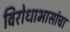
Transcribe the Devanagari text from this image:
विरोधाभासांचा